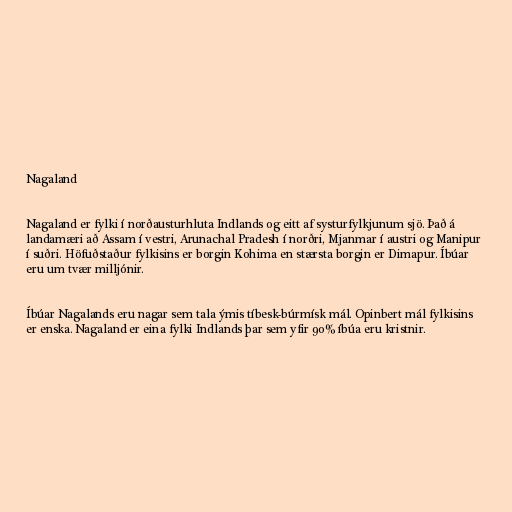
Nagaland

Nagaland er fylki í norðausturhluta Indlands og eitt af systurfylkjunum sjö. Það á
landamæri að Assam í vestri, Arunachal Pradesh í norðri, Mjanmar í austri og Manipur
í suðri. Höfuðstaður fylkisins er borgin Kohima en stærsta borgin er Dimapur. Íbúar
eru um tvær milljónir.

Íbúar Nagalands eru nagar sem tala ýmis tíbesk-búrmísk mál. Opinbert mál fylkisins
er enska. Nagaland er eina fylki Indlands þar sem yfir 90% íbúa eru kristnir.